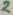
Text: 2